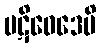
ပဋိဝေဒေမိ